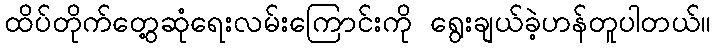
ထိပ်တိုက်တွေ့ဆုံရေးလမ်းကြောင်းကို ရွေးချယ်ခဲ့ဟန်တူပါတယ်။